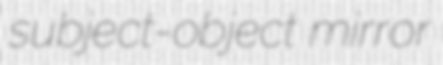
subject-object mirror